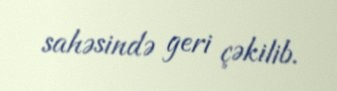
sahəsində geri çəkilib.